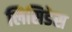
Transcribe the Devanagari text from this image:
लिसिडेस